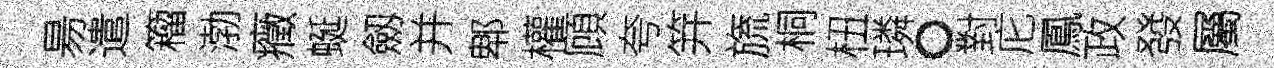
昜遣籕渤癥蜒劔并郫權頋夸笄旒桐杻璘。對庀鳳政發屬